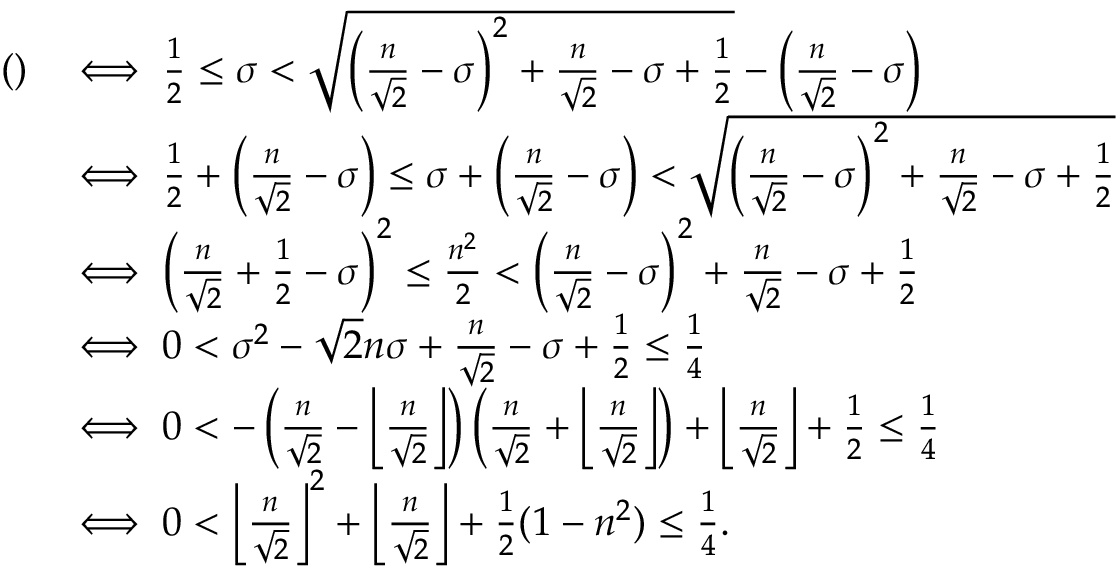
\begin{array} { r l } { ( ) } & { \iff \frac { 1 } { 2 } \leq \sigma < \sqrt { \left( \frac { n } { \sqrt { 2 } } - \sigma \right) ^ { 2 } + \frac { n } { \sqrt { 2 } } - \sigma + \frac { 1 } { 2 } } - \left( \frac { n } { \sqrt { 2 } } - \sigma \right) } \\ & { \iff \frac { 1 } { 2 } + \left( \frac { n } { \sqrt { 2 } } - \sigma \right) \leq \sigma + \left( \frac { n } { \sqrt { 2 } } - \sigma \right) < \sqrt { \left( \frac { n } { \sqrt { 2 } } - \sigma \right) ^ { 2 } + \frac { n } { \sqrt { 2 } } - \sigma + \frac { 1 } { 2 } } } \\ & { \iff \left( \frac { n } { \sqrt { 2 } } + \frac { 1 } { 2 } - \sigma \right) ^ { 2 } \leq \frac { n ^ { 2 } } { 2 } < \left( \frac { n } { \sqrt { 2 } } - \sigma \right) ^ { 2 } + \frac { n } { \sqrt { 2 } } - \sigma + \frac { 1 } { 2 } } \\ & { \iff 0 < \sigma ^ { 2 } - \sqrt { 2 } n \sigma + \frac { n } { \sqrt { 2 } } - \sigma + \frac { 1 } { 2 } \leq \frac { 1 } { 4 } } \\ & { \iff 0 < - \left( \frac { n } { \sqrt { 2 } } - \left\lfloor \frac { n } { \sqrt { 2 } } \right\rfloor \right) \left( \frac { n } { \sqrt { 2 } } + \left\lfloor \frac { n } { \sqrt { 2 } } \right\rfloor \right) + \left\lfloor \frac { n } { \sqrt { 2 } } \right\rfloor + \frac { 1 } { 2 } \leq \frac { 1 } { 4 } } \\ & { \iff 0 < \left\lfloor \frac { n } { \sqrt { 2 } } \right\rfloor ^ { 2 } + \left\lfloor \frac { n } { \sqrt { 2 } } \right\rfloor + \frac { 1 } { 2 } ( 1 - n ^ { 2 } ) \leq \frac { 1 } { 4 } . } \end{array}